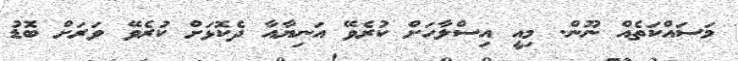
މަސައްކަތެއް ނޫން. މިއީ އިސްލާހަށް ކުރެވޭ އަނިޔާއާ ދެކޮޅަށް ކުރެވޭ ވަރަށް ބޮޑު